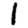
Digit: 1